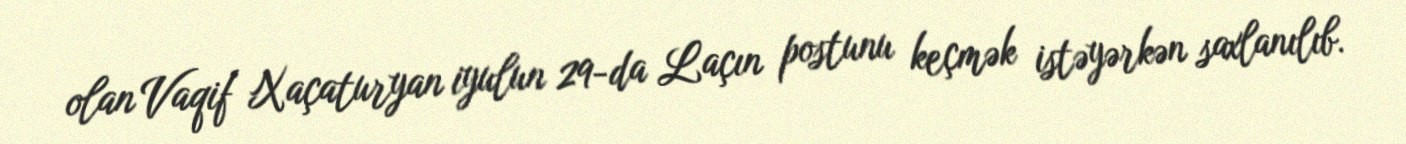
olan Vaqif Xaçaturyan iyulun 29-da Laçın postunu keçmək istəyərkən saxlanılıb.